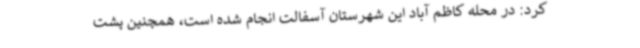
کرد: در محله کاظم آباد این شهرستان آسفالت انجام شده است، همچنین پشت